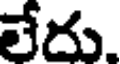
లేదు.